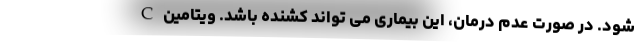
شود. در صورت عدم درمان، این بیماری می تواند کشنده باشد. ویتامین C